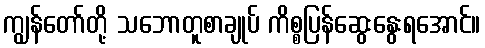
ကျွန်တော်တို့ သဘောတူစာချုပ် ကိစ္စပြန်ဆွေးနွေးရအောင်။